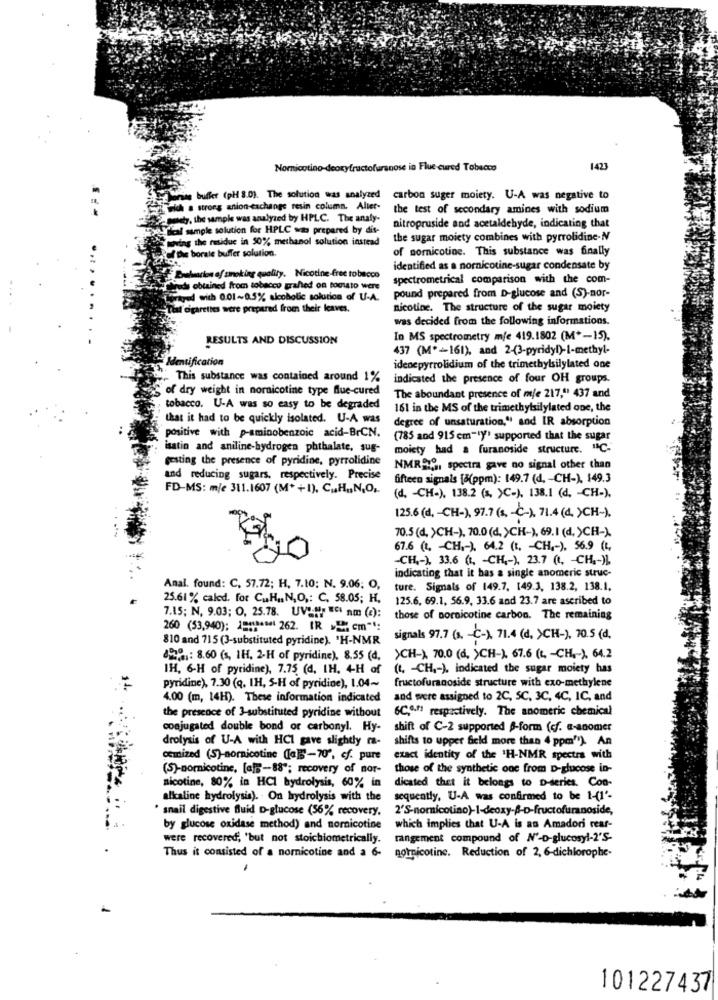
Noricotino-deoxyfructofuranose in Flue cured Tobacco
1423
in buffer (pH 8.09. The solution was analyzed carbon suger moiety. U-A was negative to
a strong anion-exchange resin column. Aller the test of secondary amines with sodium
wety, the sample was analyzed by HPLC. The analy-
al sample solution for HPLC was prepared by dit-
nitropruside and acetaldehyde, indicating that
having the residue in 50% methanol solution instead
the sugar moiety combines with pyrrolidine-N
the borale buffer solution.
of somnicotine. This substance was finally
identified as a nornicotine-sugar condensate by
Belmarion of smoking quality. Nicotine-free tobacco
spectrometrical comparison with the com-
uds obtained from tobacco granted on tocisto were
Fayed with 0.01~0.5% alcoholic solution of U-A.
pound prepared from D-glucose and (S)-nor-
M'o'garethes were prepared from their leaves.
nicotine. The structure of the sugar moiety
was decided from the following informations.
RESULTS AND DISCUSSION
In MS spectrometry mje 419.1802 (M *- 15).
437 (Mº-161), and 2-(3-pyridyl)-I-methyl-
Identification
idenepyrrolidium of the trimethylsilylated one
This substance was contained around 1%
indicated the presence of four OH groups.
of dry weight in nornicotine type flue-cured
The aboundant presence of me 217," 437 and
tobacco. U-A was so easy to be degraded
161 in the MS of the trimethylsilylated one, the
that it had to be quickly isolated. U-A was
degree of unsaturation," and IR absorption
positive with p-aminobenzoic acid-BrCN.
(785 and 915 cm-Iy' supported that the sugar
isatin and aniline-hydrogen phthalate, sug-
moiety had a furanoside structure. "C.
gesting the presence of pyridine, pyrrolidine
NMRSO, spectra gave no signal other than
and reducing sugars, respectively. Precise
fifteen signals [8(ppm): 149.7 (d. - CH-), 149.3
FD-MS: m/e 311.1607 (M*+1), CuH ,, N,O ,.
(d. - CH-), 138.2 (s. >C-), 138.1 (d. - CH-).
125.6 (d, - CH-), 97.7 (s, - C-), 71.4 (4 )CH-).
70.5 (d. >CH-), 70.0 (d. >CH-), 69.1 (d. )CH-).
67.6 (t. - CH ,- ), 64.2 (t. - CH ,- ), 56.9 (t,
-CH ,- ), 33.6 (1. - CH ,- ), 23.7 (. CH .- ))
indicating that it has a single anomeric struc-
Anal. found: C, 57.72; H, 7.10; N. 9.06; O,
ture. Signals of 149.7. 149.3, 138.2, 138.1.
25.61 % caled. for C.H ., N,O ,: C. 58.05; H.
125.6, 69.1. 56.9, 33.6 and 23.7 are ascribed to
7.15; N, 9.03; O, 25.78. UVP.Ny ECI nm (a):
those of pornicotine carbon. The remaining
260 (53,940); 1911948 262. (R =" cm":
810 and 715 (3-substituted pyridine). "H-NMR
signals 97.7 (s. - C-). 71.4 (d, )CH-), 70.5 (d.
0501: 8.60 (s, IH, 2-H of pyridine), 8.55 (d.
>CH->, 70.0 (d. )CH-). 67.6 (L. - CH ,- ), 64.2
IH, 6-H of pyridine), 7.75 (d, IH, 4H of
(4. - CH ,- ). indicated the sugar moiety has
fructofuranoside structure with exo-methylene
pyridine), 7.30 (q, IH, 5-H of pyridine), 1.04~
4.00 (m, 14H). These information indicated
and were assigned to 2C, SC, 3C, 4C, IC, and
6C.9-11 respectively. The anomeric chemical
the presence of 3-substituted pyridine without
conjugated double bond or carbonyl. Hy-
shift of C-2 supported B-form (cf. a-anomer
drolysis of U-A with HCI gave slightly ra-
shifts to upper field more than 4 ppm"). An
osmized (S)-nornicotine ([a]-70', cf. pure
exact identity of the 'H-NMR spectra with
(S)-nornicotine, [a] =- 88"; recovery of nor-
those of the synthetic one from D-glucose in-
nicotine, 80% in HCI hydrolysis, 60% in
dicated that it belongs to D-series. Con-
alkaline hydrolysis). On hydrolysis with the
sequently, U-A was confirmed to be 1-(1'-
· snail digestive fluid D-glucose (56% recovery.
2'S-nornicolino)-I-deoxy-A-D-fructofuranoside,
by glucose oxidase method) and nornicotine
which implies that U-A is an Amadori rear-
were recovered, 'but not stoichiometrically.
rangement compound of N'-D-glucosyl-2'S-
Thus it consisted of a nornicotine and a 6-
notnicotine. Reduction of 2, 6-dichlorophe-
101227437